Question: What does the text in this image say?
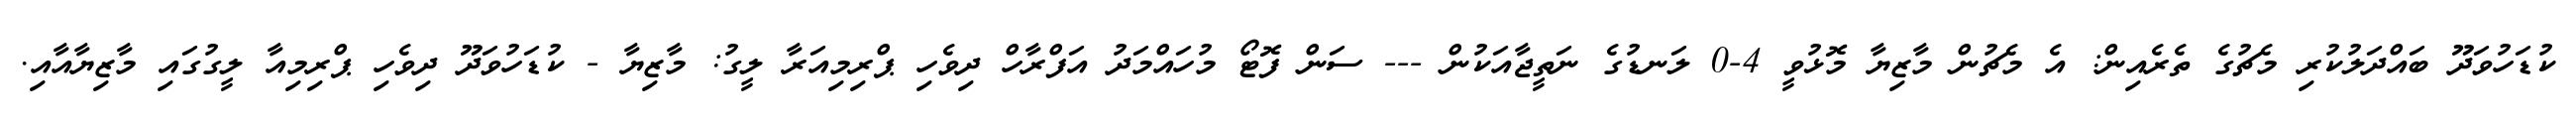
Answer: ކުޑަހުވަދޫ ބައްދަލުކުރި މެޗުގެ ތެރެއިން: އެ މެޗުން މާޒިޔާ މޮޅުވީ 4-0 ލަނޑުގެ ނަތީޖާއަކުން --- ސަން ފޮޓޯ މުހައްމަދު އަފްރާހް ދިވެހި ޕްރިމިއަރާ ލީގު: މާޒިޔާ - ކުޑަހުވަދޫ ދިވެހި ޕްރިމިއާ ލީގުގައި މާޒިޔާއާއި.